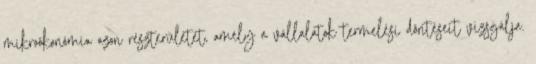
mikroökonómia azon részterületét, amely a vállalatok termelési döntéseit vizsgálja.